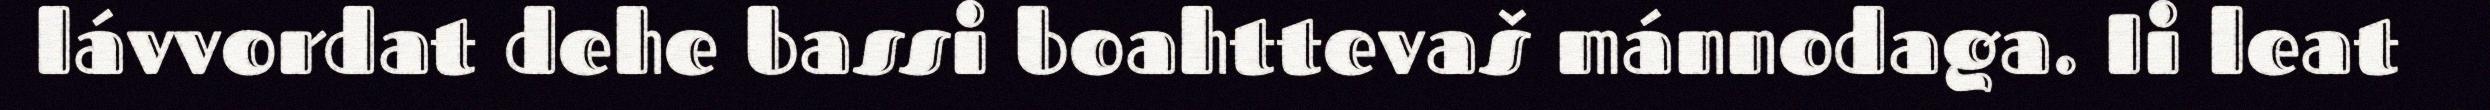
lávvordat dehe bassi boahttevaš mánnodaga. Ii leat